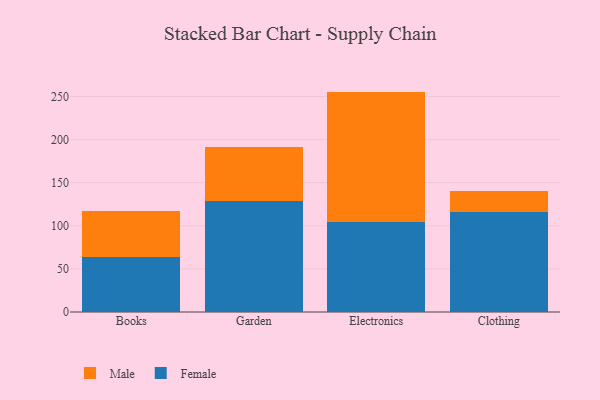
{"axis": {"x": "Category", "y": "Temperature (°C)"}, "legend": ["Female", "Male"], "data": [{"x": "Books", "y": 64.0, "type": "Female"}, {"x": "Books", "y": 53.4, "type": "Male"}, {"x": "Garden", "y": 128.5, "type": "Female"}, {"x": "Garden", "y": 62.6, "type": "Male"}, {"x": "Electronics", "y": 104.5, "type": "Female"}, {"x": "Electronics", "y": 151.2, "type": "Male"}, {"x": "Clothing", "y": 116.4, "type": "Female"}, {"x": "Clothing", "y": 24.4, "type": "Male"}]}